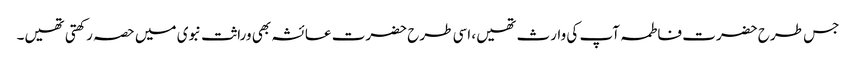
جس طرح حضرت فاطمہ آپ کی وارث تھیں، اسی طرح حضرت عائشہ بھی وراثت نبوی میں حصہ رکھتی تھیں۔